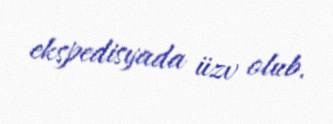
ekspedisyada üzv olub.